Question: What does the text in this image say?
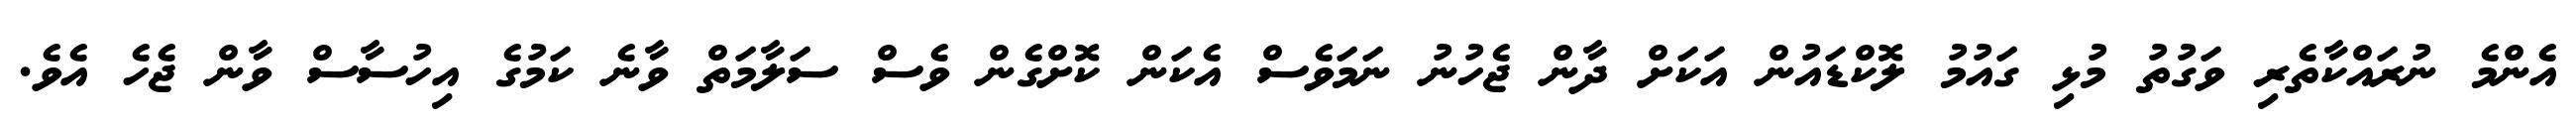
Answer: އެންމެ ނުރައްކާތެރި ވަގުތު މުޅި ގައުމު ލޮކްޑައުން އަކަށް ދާން ޖެހުނު ނަމަވެސް އެކަން ކޮށްގެން ވެސް ސަލާމަތް ވާނެ ކަމުގެ އިހުސާސް ވާން ޖެހެ އެވެ.